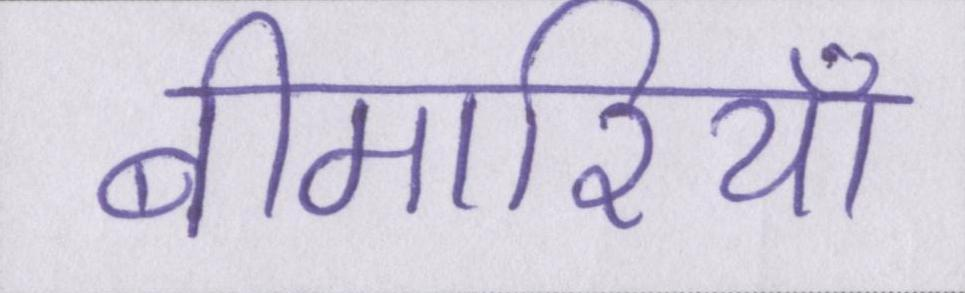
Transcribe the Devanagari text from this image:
बीमारियां